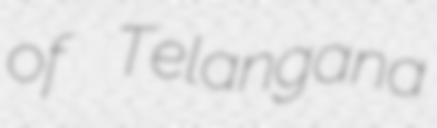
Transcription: of Telangana